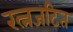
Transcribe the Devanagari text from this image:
रत्नजटित